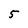
Character: 5